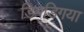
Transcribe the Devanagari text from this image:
डिगडिगया